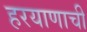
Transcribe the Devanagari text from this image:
हरयाणाची